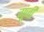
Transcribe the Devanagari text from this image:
गूंजी